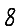
Digit: 8